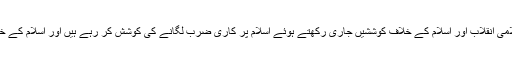
آج بھی بہت سے مقدس نما افراد دین کا لبادہ اوڑھ کر اسلامی انقلاب اور اسلام کے خلاف کوششیں جاری رکھتے ہوئے اسلام پر کاری ضرب لگانے کی کوشش کر رہے ہیں اور اسلام کے خلاف سازشوں کے علاوہ گویا ان کا کوئی اور مشغلہ نہیں۔